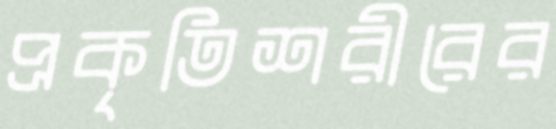
প্রকৃতিশরীরের